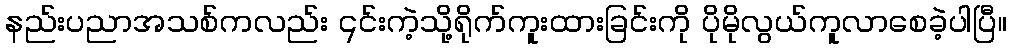
နည်းပညာအသစ်ကလည်း ၎င်းကဲ့သို့ရိုက်ကူးထားခြင်းကို ပိုမိုလွယ်ကူလာစေခဲ့ပါပြီ။